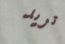
تريد